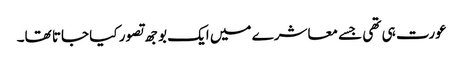
عورت ہی تھی جسے معاشرے میں ایک بوجھ تصور کیا جاتا تھا۔